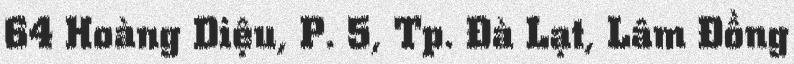
64 Hoàng Diệu, P. 5, Tp. Đà Lạt, Lâm Đồng